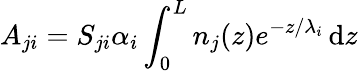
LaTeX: A_{ji}=S_{ji}\alpha_{i}\int_{0}^{L}n_{j}(z)e^{-z/\lambda_{i}}\, \mathrm{d}z